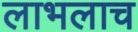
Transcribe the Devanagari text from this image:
लाभलाच